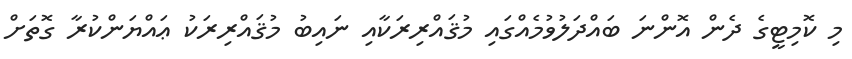
މި ކޮމިޓީގެ ދެން އޮންނަ ބައްދަލުވުމެއްގައި މުޤައްރިރަކާއި ނައިބު މުޤައްރިރަކު ޢައްޔަންކުރާ ގޮތަށް